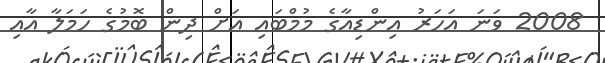
2008 ވަނަ އަހަރު އިންޑިއާގެ މުމްބައި އަށް ދިން ބޮމުގެެ ހަމަލާ އާއި